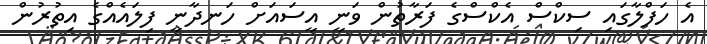
އެ ހަފްލާގައި ސިކްސް އެކްސްގެ ފަރާތުން ވަނީ އީސައަށް ހަނދާނީ ފިލައެއްގެ އިތުރުން